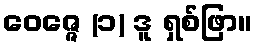
ဝေဇ္ဇေ (၁) ဒူ ရှစ်ဖြာ။